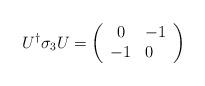
LaTeX: \begin{align*}U^{\dag}\sigma_{3}U=\left ( \begin{array}{clcr}0 & -1 \\-1 & 0 \end{array} \right)\end{align*}